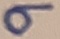
Text: 9